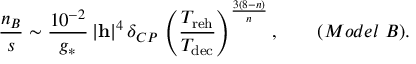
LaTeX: \frac { n _ { B } } { s } \sim \frac { 1 0 ^ { - 2 } } { g _ { * } } \, \vert { \bf h } \vert ^ { 4 } \, \delta _ { C P } \, \left( \frac { T _ { \mathrm { r e h } } } { T _ { \mathrm { d e c } } } \right) ^ { \frac { 3 ( 8 - n ) } { n } } , \qquad ( M o d e l \; B ) .